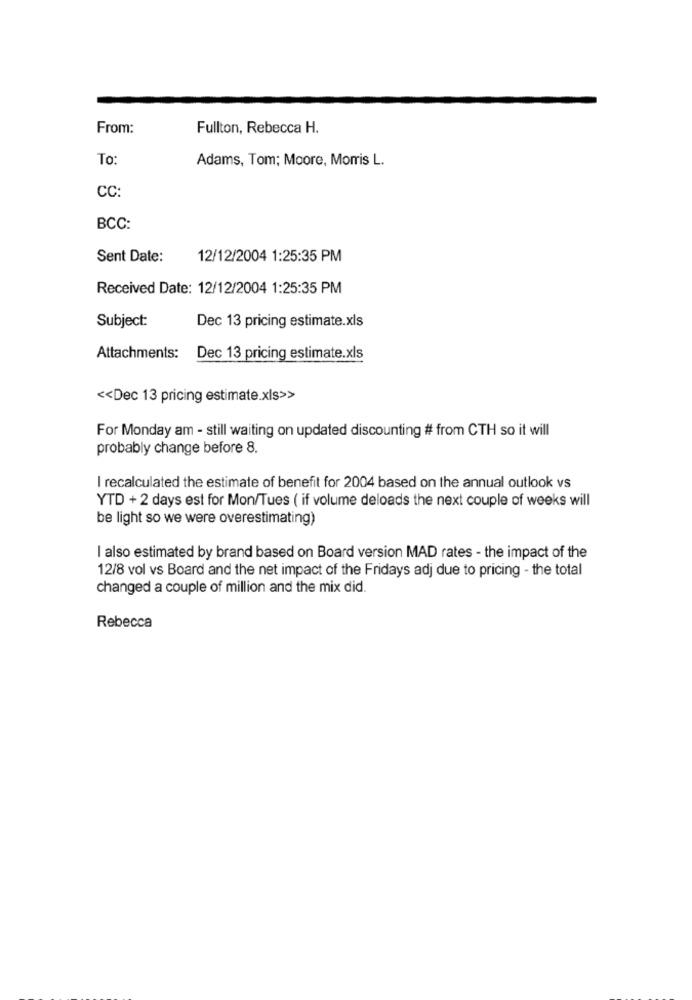
From:
Fullton, Rebecca H.
To:
Adams, Tom; Moore, Morris L.
CC:
BCC:
Sent Date:
12/12/2004 1:25:35 PM
Received Date: 12/12/2004 1:25:35 PM
Subject:
Dec 13 pricing estimate.xls
Attachments:
Dec 13 pricing estimate.xls
<< Dec 13 pricing estimate.xls>>
For Monday am - still waiting on updated discounting # from CTH so it will
probably change before 8.
I recalculated the estimate of benefit for 2004 based on the annual outlook vs
YTD + 2 days est for Mon/Tues ( if volume deloads the next couple of weeks will
be light so we were overestimating)
I also estimated by brand based on Board version MAD rates - the impact of the
12/8 vol vs Board and the net impact of the Fridays adj due to pricing - the total
changed a couple of million and the mix did.
Rebecca